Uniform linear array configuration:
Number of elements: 16
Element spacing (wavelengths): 0.5
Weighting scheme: hann
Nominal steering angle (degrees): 15
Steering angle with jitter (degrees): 16.151
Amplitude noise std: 0.05
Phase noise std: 0.05

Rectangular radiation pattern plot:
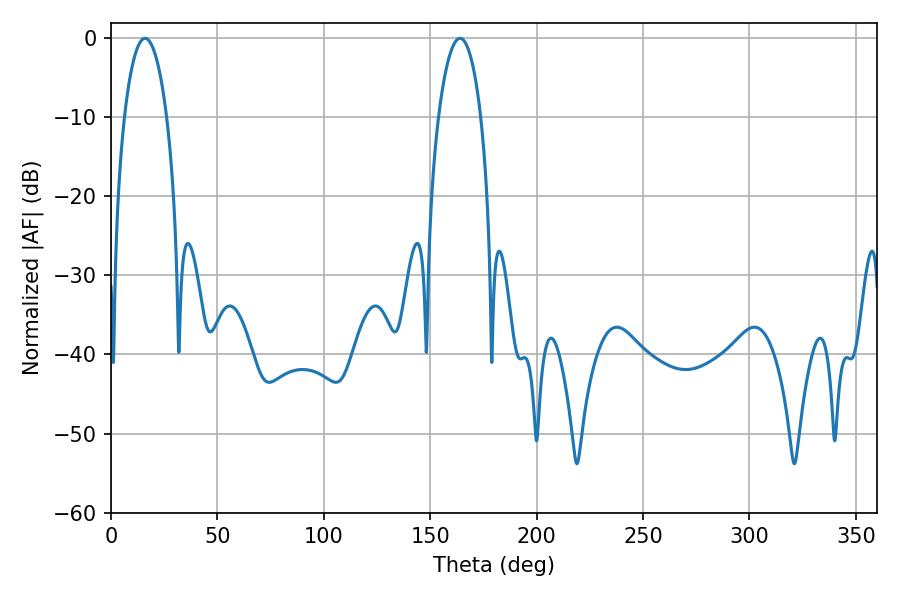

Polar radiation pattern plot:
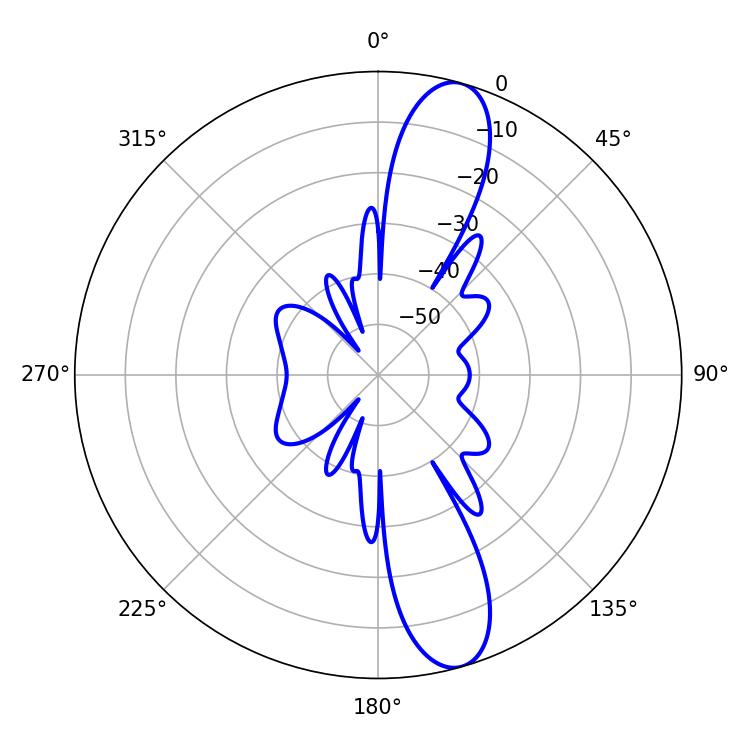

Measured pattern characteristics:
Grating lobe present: FALSE
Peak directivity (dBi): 12.416
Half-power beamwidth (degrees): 11.16
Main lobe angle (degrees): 16.02